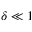
\delta \ll 1